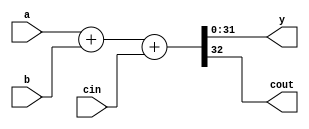
/****************************************************
*	add32 - ADD TWO 32 BIT NUMBERS					*
*													*
****************************************************/


module add32(a, b, cin, y, cout);
	input[31:0] a,b;
	input		cin;
	output[31:0] y;
	output cout;
	assign {cout,y} = a + b + cin;
endmodule